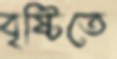
বৃষ্টিতে